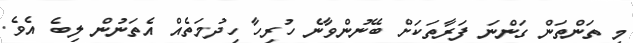
މި ތަންތަން ގަންނަ ފަރާތަކަށް ބޭނުންވާނެ ހުރިހާ ހިދުމަތެއް އެތަނުން ލިބެ އެވެ.